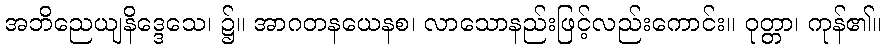
အဘိညေယျနိဒ္ဒေသေ၊ ၌။ အာဂတနယေနစ၊ လာသောနည်းဖြင့်လည်းကောင်း။ ဝုတ္တာ၊ ကုန်၏။